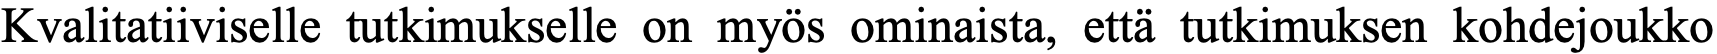
Kvalitatiiviselle tutkimukselle on myös ominaista, että tutkimuksen kohdejoukko